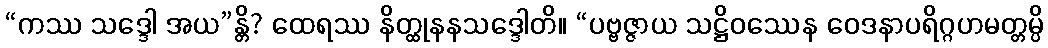
“ကဿ သဒ္ဒေါ အယ”န္တိ? ထေရဿ နိတ္ထုနနသဒ္ဒေါတိ။ “ပဗ္ဗဇ္ဇာယ သဋ္ဌိဝဿေန ဝေဒနာပရိဂ္ဂဟမတ္တမ္ပိ